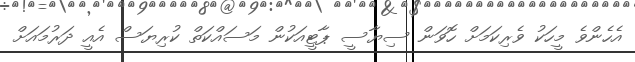
އެހެންވެ މީހަކު ވެރިކަމަށް ހޮވަން ސިޔާސީ ޕާޓީއަކުން މަސައްކަތް ކުރިޔަސް އެއީ ދަރުމައަށް